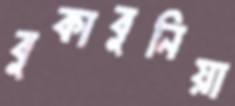
বুকাবুনিয়া